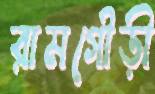
রামগৌড়ী